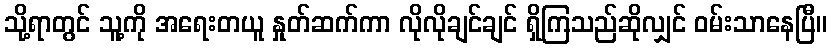
သို့ရာတွင် သူ့ကို အရေးတယူ နှုတ်ဆက်ကာ လိုလိုချင်ချင် ရှိကြသည်ဆိုလျှင် ဝမ်းသာနေပြီ။